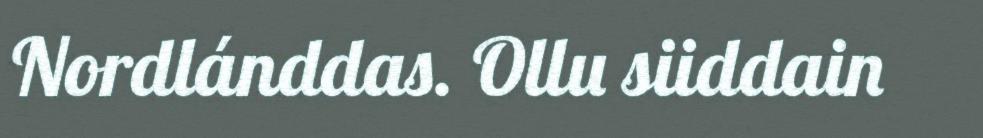
Nordlánddas. Ollu siiddain